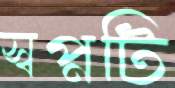
স্বপ্নটি